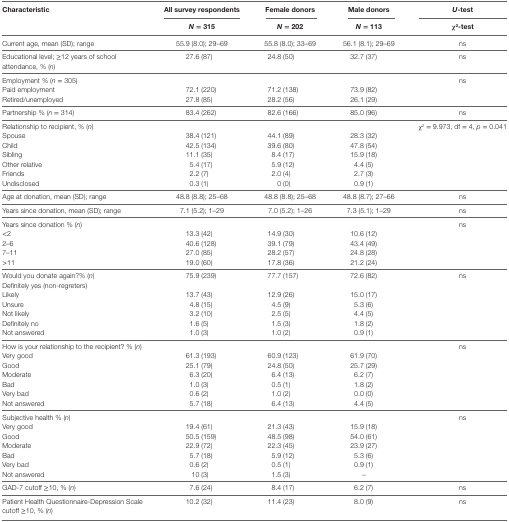
<table><thead><tr><td rowspan="2"><b>Characteristic</b></td><td><b>All survey respondents</b></td><td><b>Female donors</b></td><td><b>Male donors</b></td><td><b><i>U</i>-test</b></td></tr><tr><td><b><i>N</i> = 315</b></td><td><b><i>N</i> = 202</b></td><td><b><i>N</i> = 113</b></td><td><b>χ<sup>2</sup>-test</b></td></tr></thead><tbody><tr><td>Current age, mean (SD); range</td><td>55.9 (8.0); 29–69</td><td>55.8 (8.0); 33–69</td><td>56.1 (8.1); 29–69</td><td>ns</td></tr><tr><td>Educational level; ≥12 years of school attendance, % (<i>n</i>)</td><td>27.6 (87)</td><td>24.8 (50)</td><td>32.7 (37)</td><td>ns</td></tr><tr><td>Employment % (<i>n</i> = 305)</td><td></td><td></td><td></td><td rowspan="3">ns</td></tr><tr><td>Paid employment</td><td>72.1 (220)</td><td>71.2 (138)</td><td>73.9 (82)</td></tr><tr><td>Retired/unemployed</td><td>27.8 (85)</td><td>28.2 (56)</td><td>26.1 (29)</td></tr><tr><td>Partnership % (<i>n</i> = 314)</td><td>83.4 (262)</td><td>82.6 (166)</td><td>85.0 (96)</td><td>ns</td></tr><tr><td>Relationship to recipient, % (<i>n</i>)</td><td></td><td></td><td></td><td rowspan="7">χ<sup>2</sup> = 9.973, df = 4, <i>p</i> = 0.041</td></tr><tr><td>Spouse</td><td>38.4 (121)</td><td>44.1 (89)</td><td>28.3 (32)</td></tr><tr><td>Child</td><td>42.5 (134)</td><td>39.6 (80)</td><td>47.8 (54)</td></tr><tr><td>Sibling</td><td>11.1 (35)</td><td>8.4 (17)</td><td>15.9 (18)</td></tr><tr><td>Other relative</td><td>5.4 (17)</td><td>5.9 (12)</td><td>4.4 (5)</td></tr><tr><td>Friends</td><td>2.2 (7)</td><td>2.0 (4)</td><td>2.7 (3)</td></tr><tr><td>Undisclosed</td><td>0.3 (1)</td><td>0 (0)</td><td>0.9 (1)</td></tr><tr><td>Age at donation, mean (SD); range</td><td>48.8 (8.8); 25–68</td><td>48.8 (8.8); 25–68</td><td>48.8 (8.7); 27–66</td><td>ns</td></tr><tr><td>Years since donation, mean (SD); range</td><td>7.1 (5.2); 1–29</td><td>7.0 (5.2); 1–26</td><td>7.3 (5.1); 1–29</td><td>ns</td></tr><tr><td>Years since donation % (<i>n</i>)</td><td></td><td></td><td></td><td rowspan="5">ns</td></tr><tr><td>&lt;2</td><td>13.3 (42)</td><td>14.9 (30)</td><td>10.6 (12)</td></tr><tr><td>2–6</td><td>40.6 (128)</td><td>39.1 (79)</td><td>43.4 (49)</td></tr><tr><td>7–11</td><td>27.0 (85)</td><td>28.2 (57)</td><td>24.8 (28)</td></tr><tr><td>&gt;11</td><td>19.0 (60)</td><td>17.8 (36)</td><td>21.2 (24)</td></tr><tr><td>Would you donate again?% (<i>n</i>)</td><td rowspan="2">75.9 (239)</td><td rowspan="2">77.7 (157)</td><td rowspan="2">72.6 (82)</td><td rowspan="7">ns</td></tr><tr><td>Definitely yes (non-regreters)</td></tr><tr><td>Likely</td><td>13.7 (43)</td><td>12.9 (26)</td><td>15.0 (17)</td></tr><tr><td>Unsure</td><td>4.8 (15)</td><td>4.5 (9)</td><td>5.3 (6)</td></tr><tr><td>Not likely</td><td>3.2 (10)</td><td>2.5 (5)</td><td>4.4 (5)</td></tr><tr><td>Definitely no</td><td>1.6 (5)</td><td>1.5 (3)</td><td>1.8 (2)</td></tr><tr><td>Not answered</td><td>1.0 (3)</td><td>1.0 (2)</td><td>0.9 (1)</td></tr><tr><td>How is your relationship to the recipient? % (<i>n</i>)</td><td></td><td></td><td></td><td rowspan="7">ns</td></tr><tr><td>Very good</td><td>61.3 (193)</td><td>60.9 (123)</td><td>61.9 (70)</td></tr><tr><td>Good</td><td>25.1 (79)</td><td>24.8 (50)</td><td>25.7 (29)</td></tr><tr><td>Moderate</td><td>6.3 (20)</td><td>6.4 (13)</td><td>6.2 (7)</td></tr><tr><td>Bad</td><td>1.0 (3)</td><td>0.5 (1)</td><td>1.8 (2)</td></tr><tr><td>Very bad</td><td>0.6 (2)</td><td>1.0 (2)</td><td>0.0 (0)</td></tr><tr><td>Not answered</td><td>5.7 (18)</td><td>6.4 (13)</td><td>4.4 (5)</td></tr><tr><td>Subjective health % (<i>n</i>)</td><td></td><td></td><td></td><td rowspan="7">ns</td></tr><tr><td>Very good</td><td>19.4 (61)</td><td>21.3 (43)</td><td>15.9 (18)</td></tr><tr><td>Good</td><td>50.5 (159)</td><td>48.5 (98)</td><td>54.0 (61)</td></tr><tr><td>Moderate</td><td>22.9 (72)</td><td>22.3 (45)</td><td>23.9 (27)</td></tr><tr><td>Bad</td><td>5.7 (18)</td><td>5.9 (12)</td><td>5.3 (6)</td></tr><tr><td>Very bad</td><td>0.6 (2)</td><td>0.5 (1)</td><td>0.9 (1)</td></tr><tr><td>Not answered</td><td>10 (3)</td><td>1.5 (3)</td><td>–</td></tr><tr><td>GAD-7 cutoff ≥10, % (<i>n</i>)</td><td>7.6 (24)</td><td>8.4 (17)</td><td>6.2 (7)</td><td>ns</td></tr><tr><td>Patient Health Questionnaire-Depression Scale cutoff ≥10, % (<i>n</i>)</td><td>10.2 (32)</td><td>11.4 (23)</td><td>8.0 (9)</td><td>ns</td></tr></tbody></table>